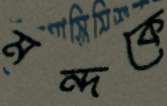
মন্দকে